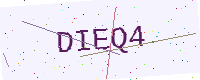
Text: DIEQ4